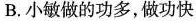
B.小敏做的功多，做功快